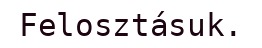
Felosztásuk.